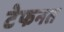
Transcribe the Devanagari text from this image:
टेफनत